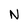
Character: N